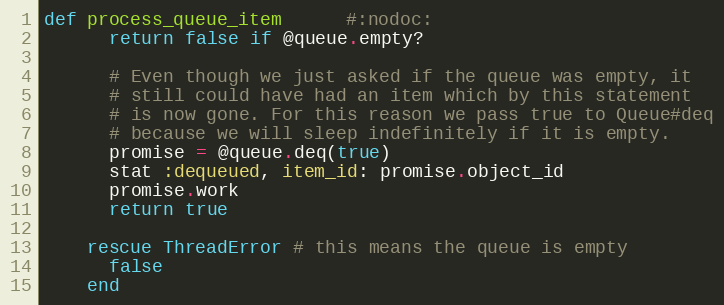
Language: Ruby
def process_queue_item      #:nodoc:
      return false if @queue.empty?

      # Even though we just asked if the queue was empty, it
      # still could have had an item which by this statement
      # is now gone. For this reason we pass true to Queue#deq
      # because we will sleep indefinitely if it is empty.
      promise = @queue.deq(true)
      stat :dequeued, item_id: promise.object_id
      promise.work
      return true

    rescue ThreadError # this means the queue is empty
      false
    end